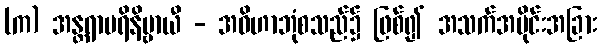
(က) အန္တရာပရိနိဗ္ဗာယီ - အဝိဟာဘုံစသည်၌ ဖြစ်၍ အသက်အပိုင်းအခြား